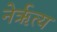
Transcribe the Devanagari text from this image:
नेर्ऋत्य